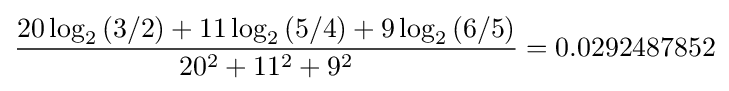
{\frac {20\log _{2}{(3/2)}+11\log _{2}{(5/4)}+9\log _{2}{(6/5)}}{20^{2}+11^{2}+9^{2}}}=0.0292487852